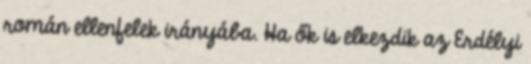
román ellenfelek irányába. Ha ők is elkezdik az Erdélyi